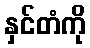
နှင်တံကို